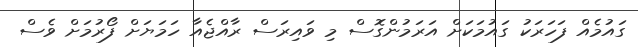
ގައުމެއް ފަހަރަކު ގައުމަކަށް އަރަމުންގޮސް މި ވައިރަސް ރާއްޖެއާ ހަމަޔަށް ފޯރުމަށް ވެސް